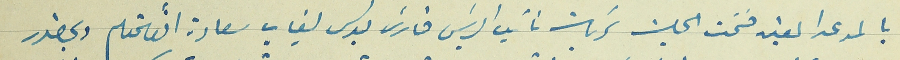
بالموعد المعين فتحت الجلسة برئاسة نائب الرئيس فارس بولس لغياب سعادة القائمقام وبحضور